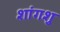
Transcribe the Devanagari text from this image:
शांगशु